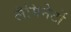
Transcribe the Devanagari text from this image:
लैमिनेटों